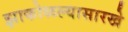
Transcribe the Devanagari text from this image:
झाकोळल्यासारखे